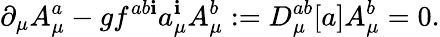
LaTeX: \partial_{\mu}A_{\mu}^{a}-gf^{ab\mathbf{i}}a_{\mu}^{\mathbf{i}}A_{\mu}^{b}:=D_{\mu}^{ab}[a]A_{\mu}^{b}=0.